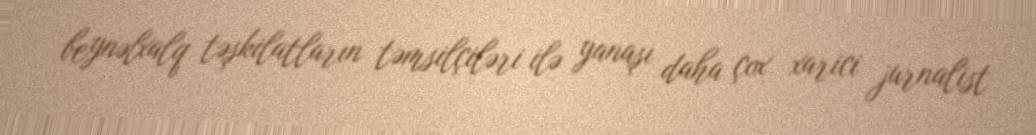
beynəlxalq təşkilatların təmsilçiləri ilə yanaşı daha çox xarici jurnalist